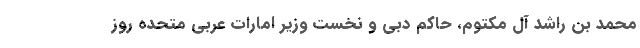
محمد بن راشد آل مکتوم، حاکم دبی و نخست وزیر امارات عربی متحده روز